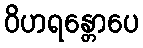
ဝိဟရန္တောပေ